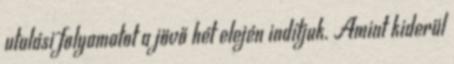
utalási folyamatot a jövő hét elején indítjuk. Amint kiderül